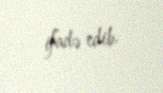
ifadə edib.